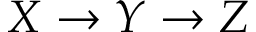
X \rightarrow Y \rightarrow Z